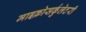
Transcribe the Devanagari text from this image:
माइक्रोसर्कुलेटरी